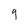
Character: g